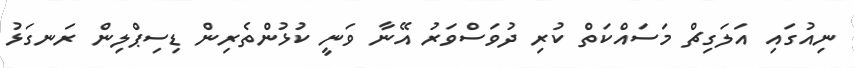
ނިއުގައި އަލަގިޗް މަސައްކަތް ކުރި ދުވަސްވަރު އޭނާ ވަނީ ކުޅުންތެރިން ޑިސިޕްލިން ރަނގަޅު